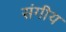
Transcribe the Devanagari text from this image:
संगीय